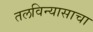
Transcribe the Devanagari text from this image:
तलविन्यासाचा